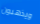
ويذهبون